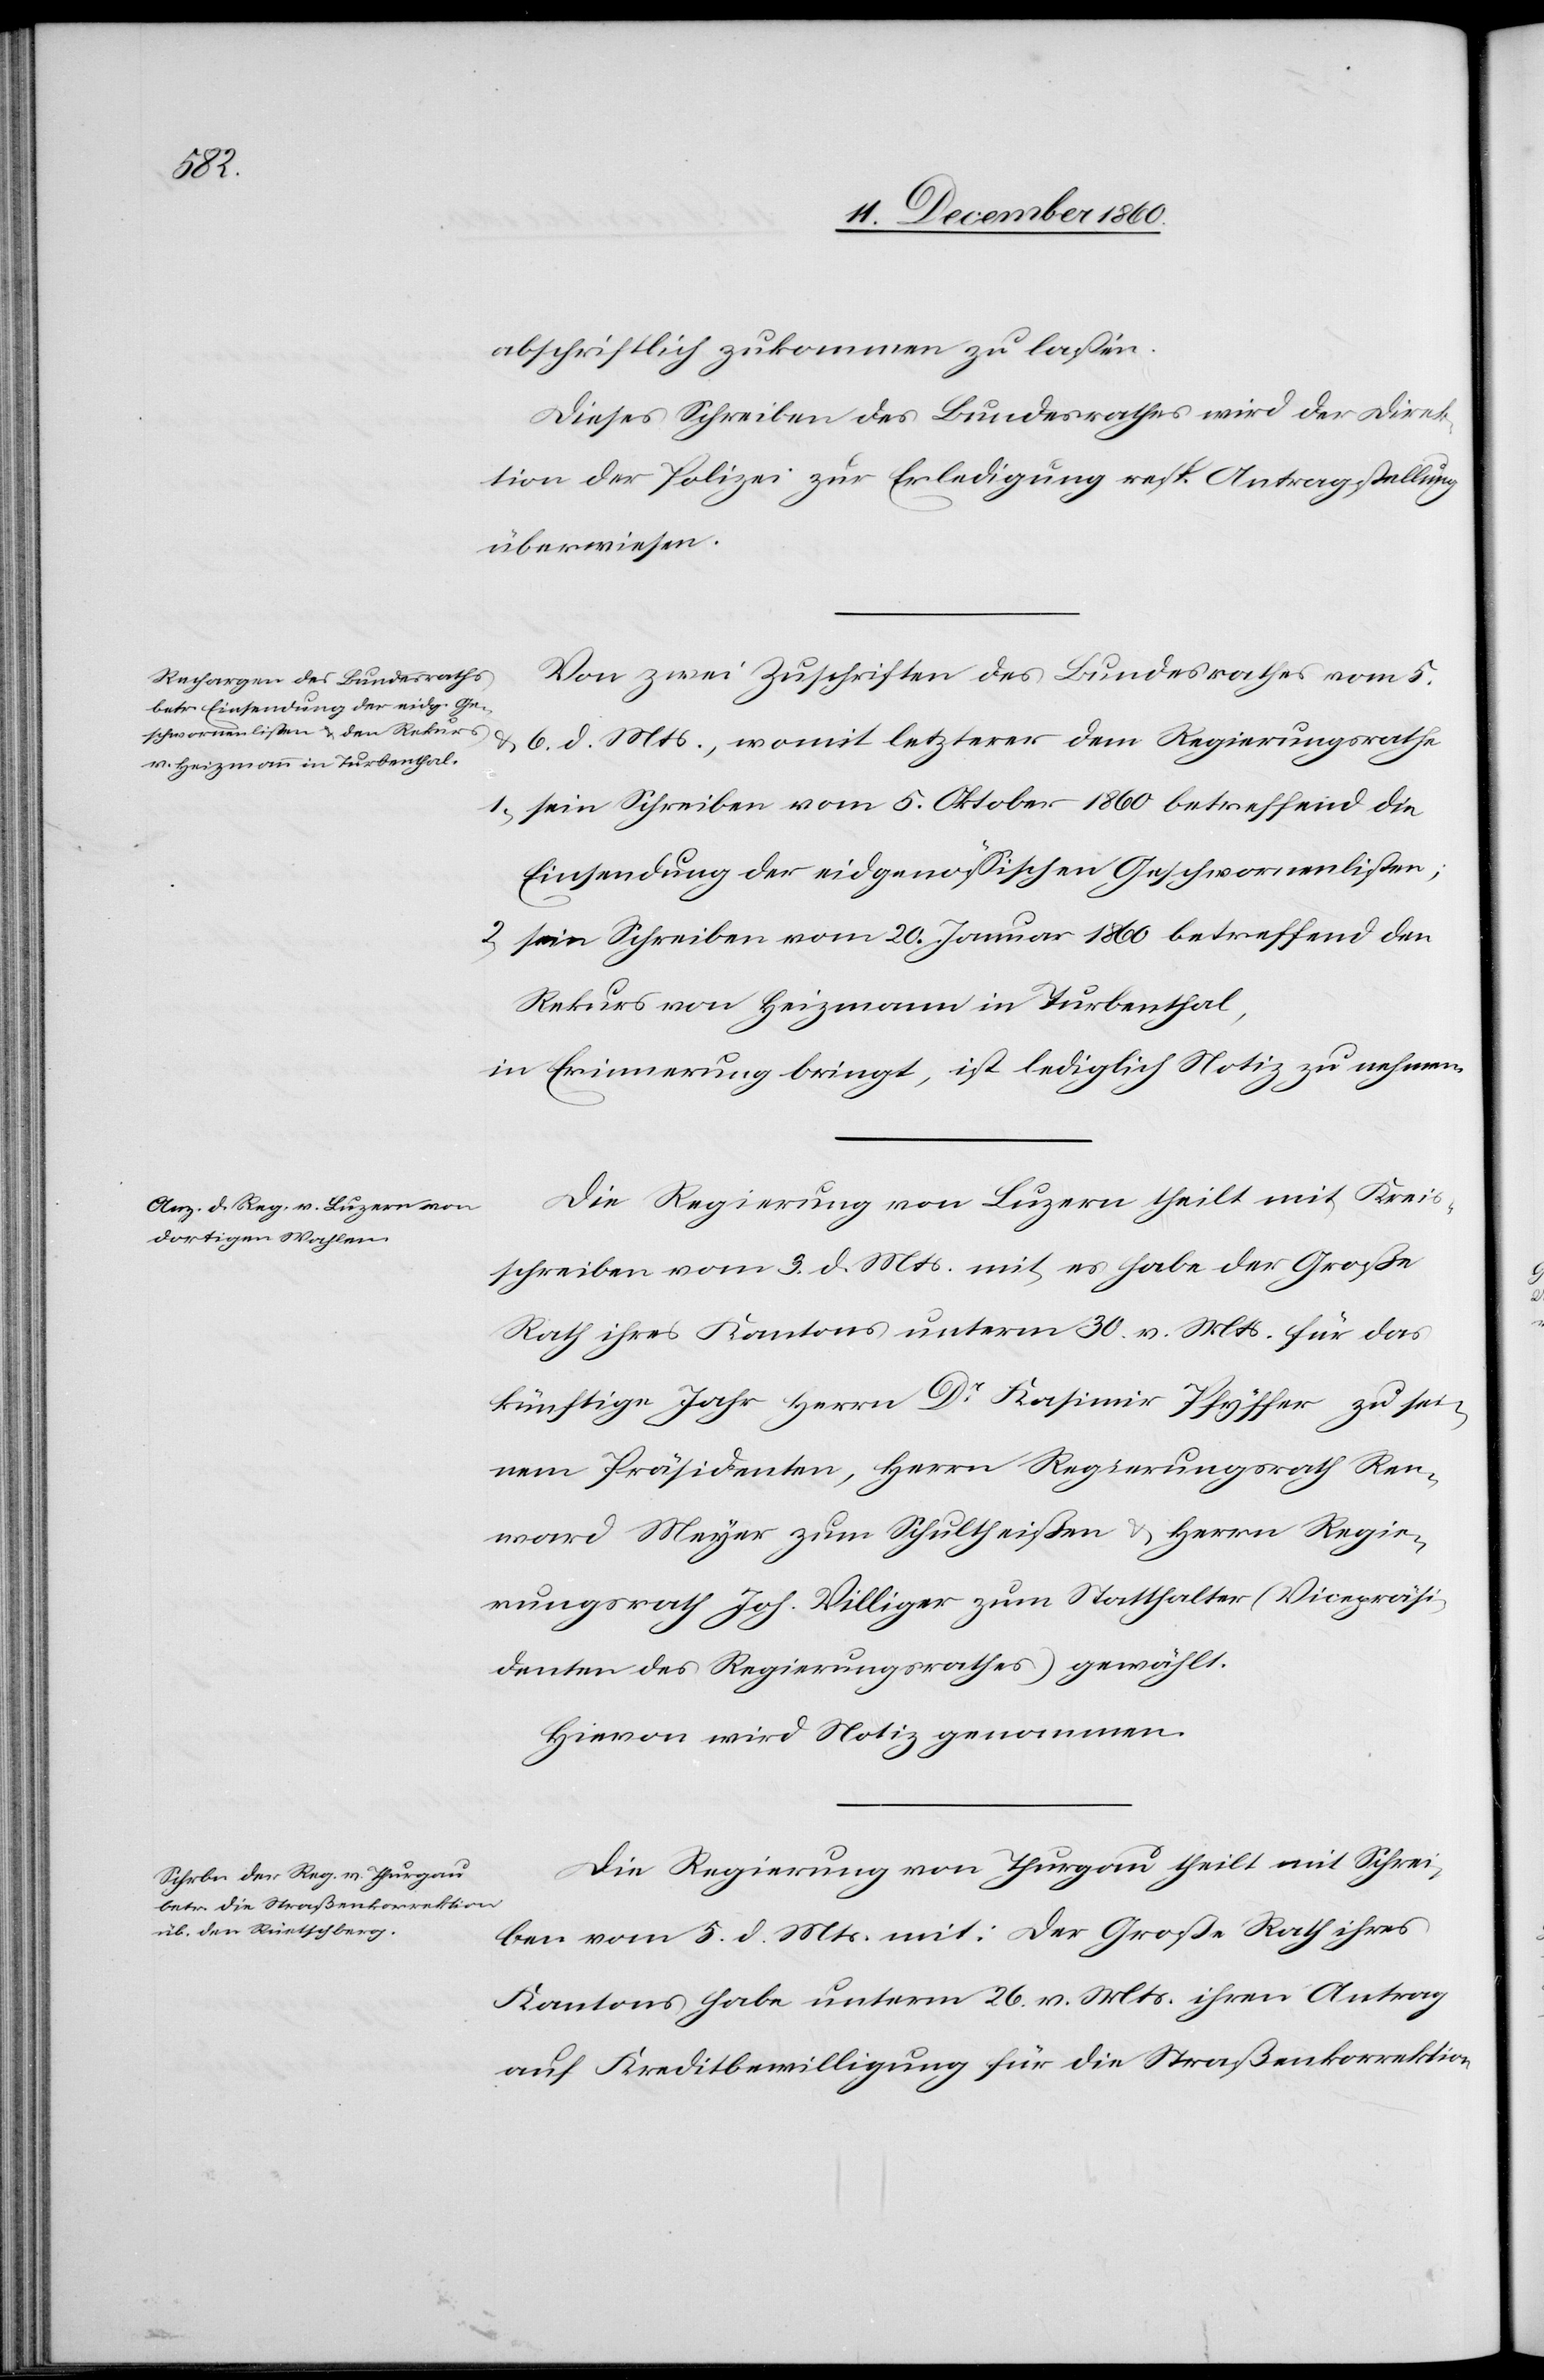
abschriftlich zukommen zu lassen.
Dieses Schreiben des Bundesrathes wird der Direk¬
tion der Polizei zur Erledigung resp. Antragstellung
überwiesen.
Von zwei Zuschriften des Bundesrathes vom 5.
u. 6. d. Mts., womit letzterer dem Regierungsrathe
1) sein Schreiben vom 5. Oktober 1860 betreffend die
Einsendung der eidgenössischen Geschwornenlisten;
2) sein Schreiben vom 20. Januar 1860 betreffend den
Rekurs von Heizmann in Turbenthal,
in Erinnerung bringt, ist lediglich Notiz zu nehmen.
Die Regierung von Luzern theilt mit Kreis¬
schreiben vom 9. d. Mts. mit, es habe der Große
Rath ihres Kantons unterm 30. v. Mts. für das
künftige Jahr Herrn Dr Kasimir Pfyffer zu sei¬
nem Präsidenten, Herrn Regierungsrath Ren¬
ward Meyer zum Schultheißen u. Herrn Regie¬
rungsrath Joh. Villiger zum Statthalter (Vicepräsi¬
denten des Regierungsrathes) gewählt.
Hievon wird Notiz genommen.
Die Regierung von Thurgau theilt mit Schrei¬
ben vom 5. d. Mts. mit: Der Große Rath ihres
Kantons habe unterm 26. v. Mts. ihren Antrag
auf Kreditbewilligung für die Straßenkorrektion